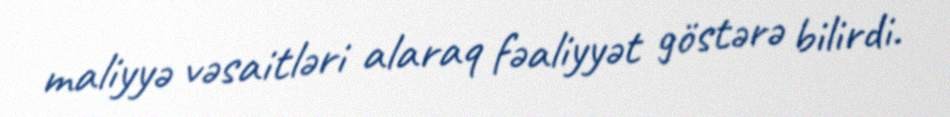
maliyyə vəsaitləri alaraq fəaliyyət göstərə bilirdi.